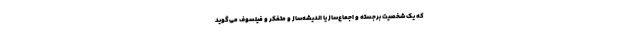
که یک شخصیت برجسته و اجماع‌ساز یا اندیشه‌ساز و متفکر و فیلسوف می‌گوید